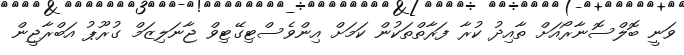
ވަނީ ބޮލްސޮނާރޯއަށް ތާއިދު ކުރާ ފަރާތްތަކުން ކަމަށް އިންވެސްޓިގޭޓިވް ޖާނަލިޒަމް ގުރޫޕު އަބްރާޖީން